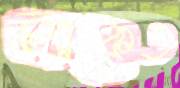
থাকেত